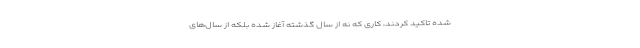
شده تاکید کردند، کاری که نه از سال گذشته آغاز شده بلکه از سال‌های